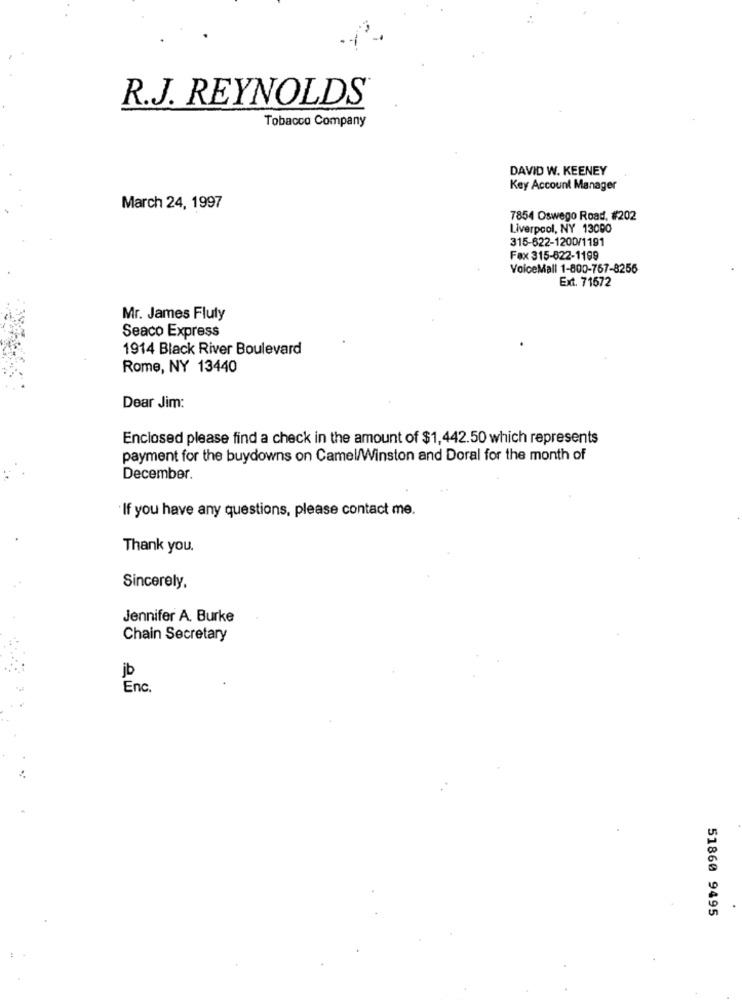
R.J. REYNOLDS
Tobacco Company
DAVID W. KEENEY
Key Account Manager
March 24, 1997
7854 Oswego Road, #202
Liverpool, NY 13000
315-622-1200/1191
Fax 315-622-1199
VoiceMall 1-800-767-8256
Ext. 71572
Mr. James Fluty
Seaco Express
1914 Black River Boulevard
Rome, NY 13440
Dear Jim:
Enclosed please find a check in the amount of $1,442.50 which represents
payment for the buydowns on Camel/Winston and Doral for the month of
December.
If you have any questions, please contact me.
Thank you.
Sincerely,
Jennifer A. Burke
Chain Secretary
jb
Enc.
51860 9495